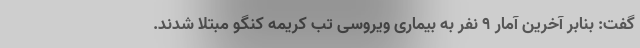
گفت: بنابر آخرین آمار ۹ نفر به بیماری ویروسی تب کریمه کنگو مبتلا شدند.